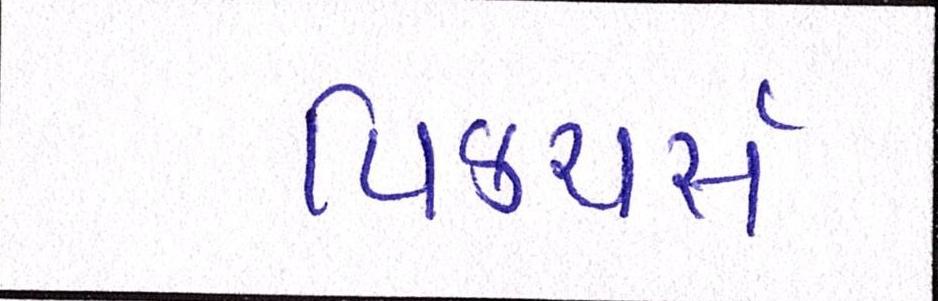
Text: પિક્ચર્સ